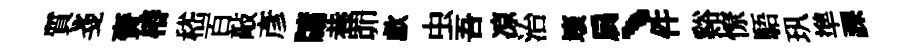
質戔賚椿嵇百敲彥牗巷𦊑歔虫吾凉治壞扃、件谿憭䮏㺬準課